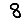
Digit: 8